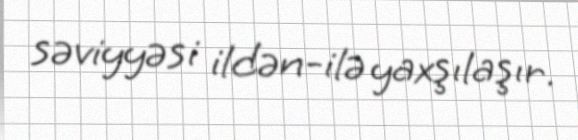
səviyyəsi ildən-ilə yaxşılaşır.